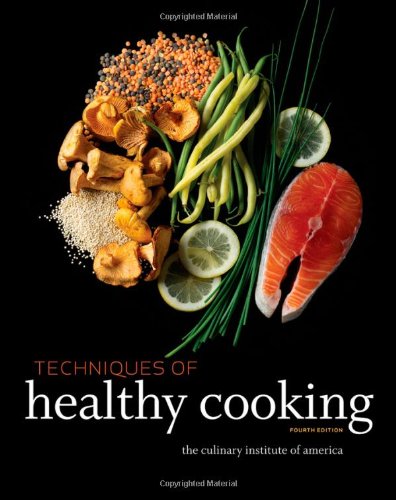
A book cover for Techniques of Healthy Cooking; The Culinary Institute of America (CIA); Cookbooks, Food & Wine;